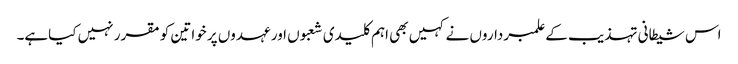
اس شیطانی تہذیب کے علمبرداروں نے کہیں بھی اہم کلیدی شعبوں اور عہدوں پر خواتین کو مقرر نہیں کیاہے۔